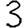
Digit: 3